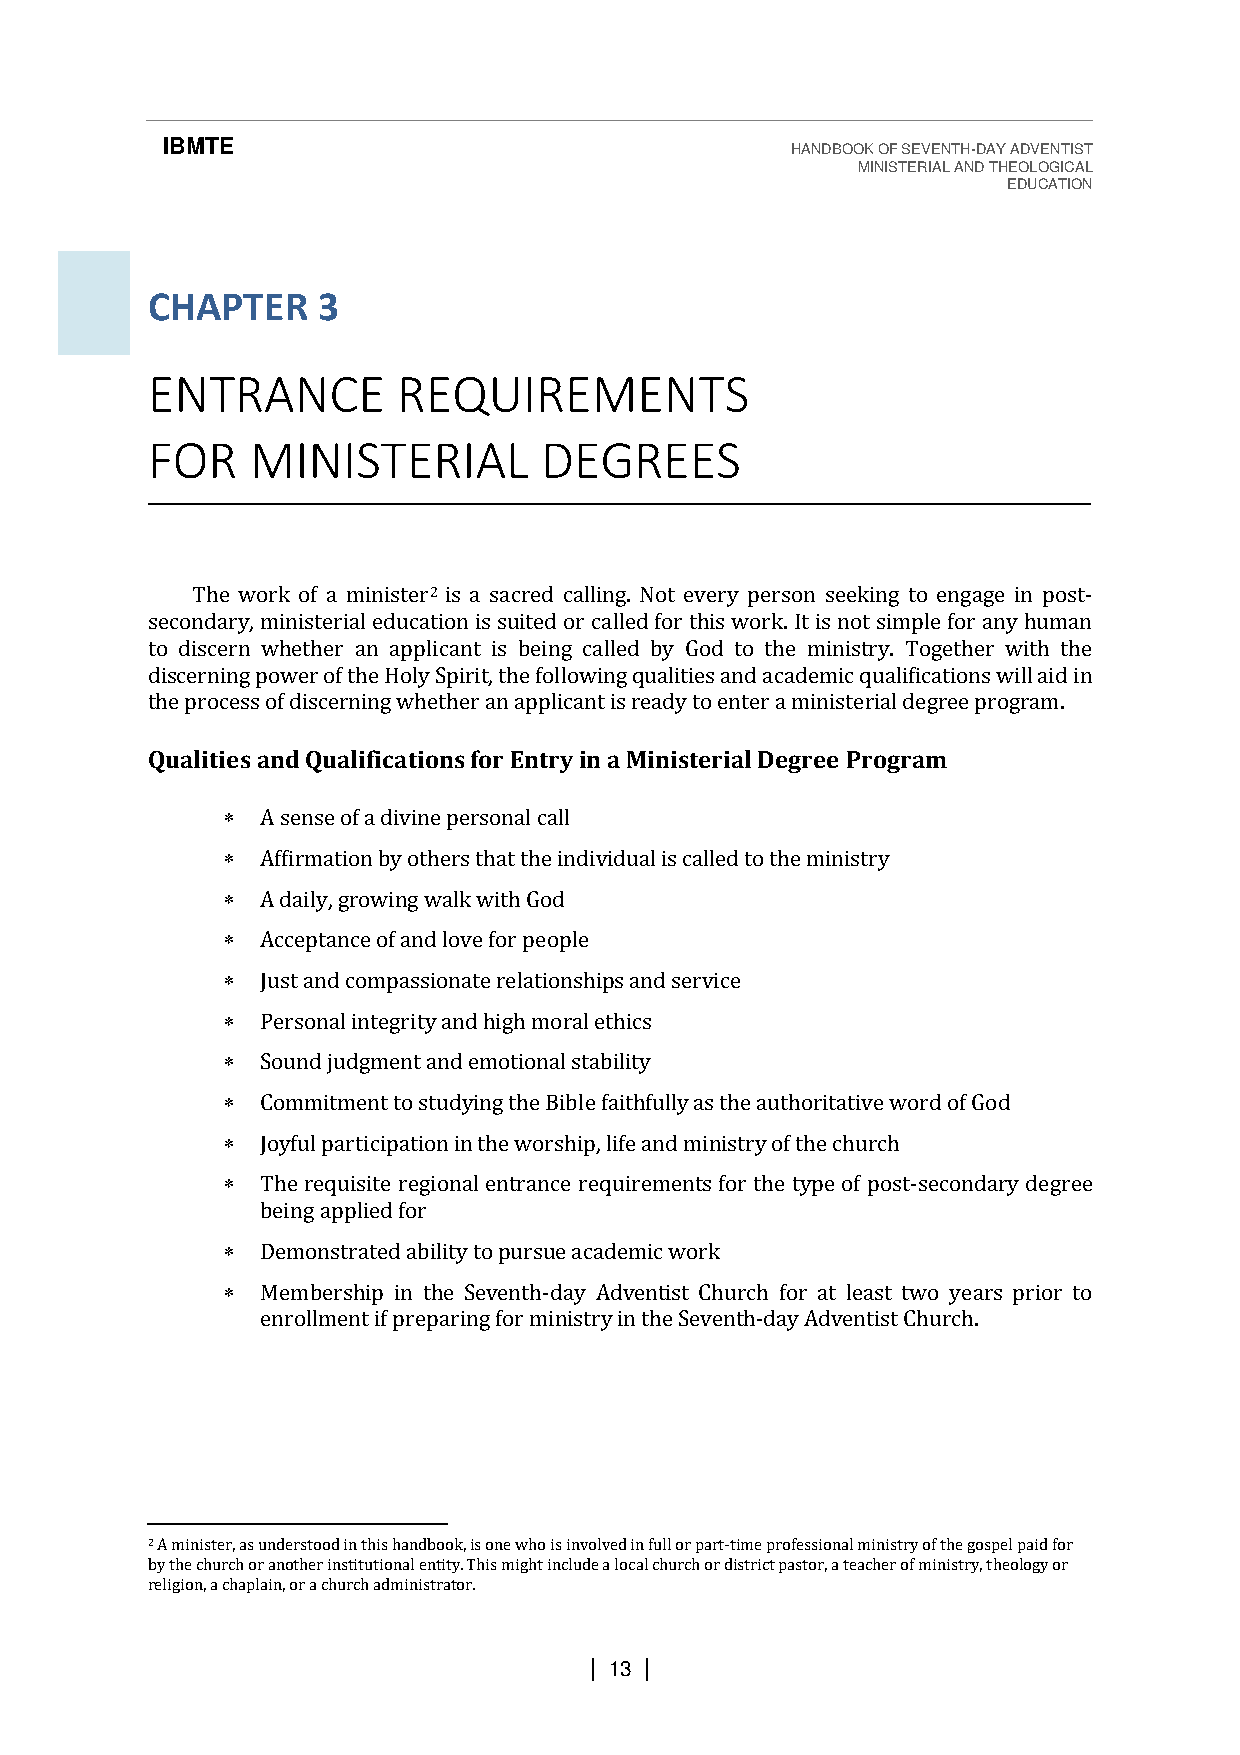
IBMTE                                    HANDBOOK OF SEVENTH-DAY ADVENTIST
 MINISTERIAL AND THEOLOGICAL
 EDUCATION
 CHAPTER    3
 ENTRANCE        REQUIREMENTS
 FOR    MINISTERIAL        DEGREES
 The work of a minister2 is a sacred calling. Not every person seeking to engage in post-
 secondary, ministerial education is suited or called for this work. It is not simple for any human
 to discern whether an applicant is being called by God to the ministry. Together with the
 discerning power of the Holy Spirit, the following qualities and academic qualifications will aid in
 the process of discerning whether an applicant is ready to enter a ministerial degree program.
 Qualities and Qualifications for Entry in a Ministerial Degree Program
  A sense of a divine personal call
  Affirmation by others that the individual is called to the ministry
  A daily, growing walk with God
  Acceptance of and love for people
  Just and compassionate relationships and service
  Personal integrity and high moral ethics
  Sound judgment and emotional stability
  Commitment to studying the Bible faithfully as the authoritative word of God
  Joyful participation in the worship, life and ministry of the church
  The requisite regional entrance requirements for the type of post-secondary degree
 being applied for
  Demonstrated ability to pursue academic work
  Membership in the Seventh-day Adventist Church for at least two years prior to
 enrollment if preparing for ministry in the Seventh-day Adventist Church.
 2 A minister, as understood in this handbook, is one who is involved in full or part-time professional ministry of the gospel paid for
 by the church or another institutional entity. This might include a local church or district pastor, a teacher of ministry, theology or
 religion, a chaplain, or a church administrator.
 | 13 |